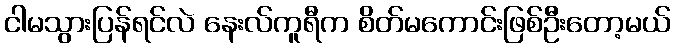
ငါမသွားပြန်ရင်လဲ နေးလ်ကူရီက စိတ်မကောင်းဖြစ်ဦးတော့မယ်